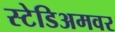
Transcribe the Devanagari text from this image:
स्टेडिअमवर